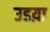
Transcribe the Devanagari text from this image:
उडय़ा